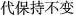
代保持不变